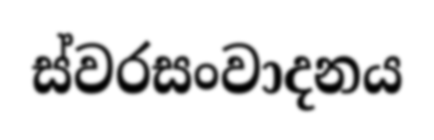
ස්වරසංවාදනය